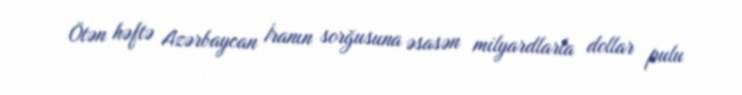
Ötən həftə Azərbaycan İranın sorğusuna əsasən milyardlarla dollar pulu